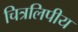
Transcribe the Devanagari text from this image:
चित्रलिपीय